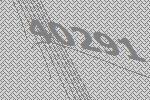
40291